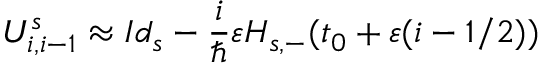
U _ { i , i - 1 } ^ { s } \approx I d _ { s } - \frac { i } { \hbar } \varepsilon H _ { s , - } ( t _ { 0 } + \varepsilon ( i - 1 / 2 ) )